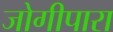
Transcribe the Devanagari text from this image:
जोगीपारा